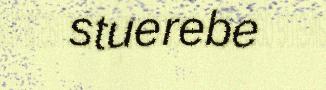
stuerebe